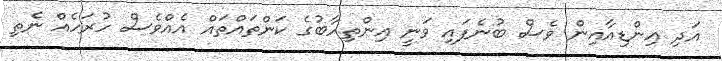
އަދި އިންޑިއާއިން ވެސް ބުނެފައި ވަނީ އިންތިހާބުގެ ކަންތައްތައް އެއްވެސް ހުރަހެއް ނެތި